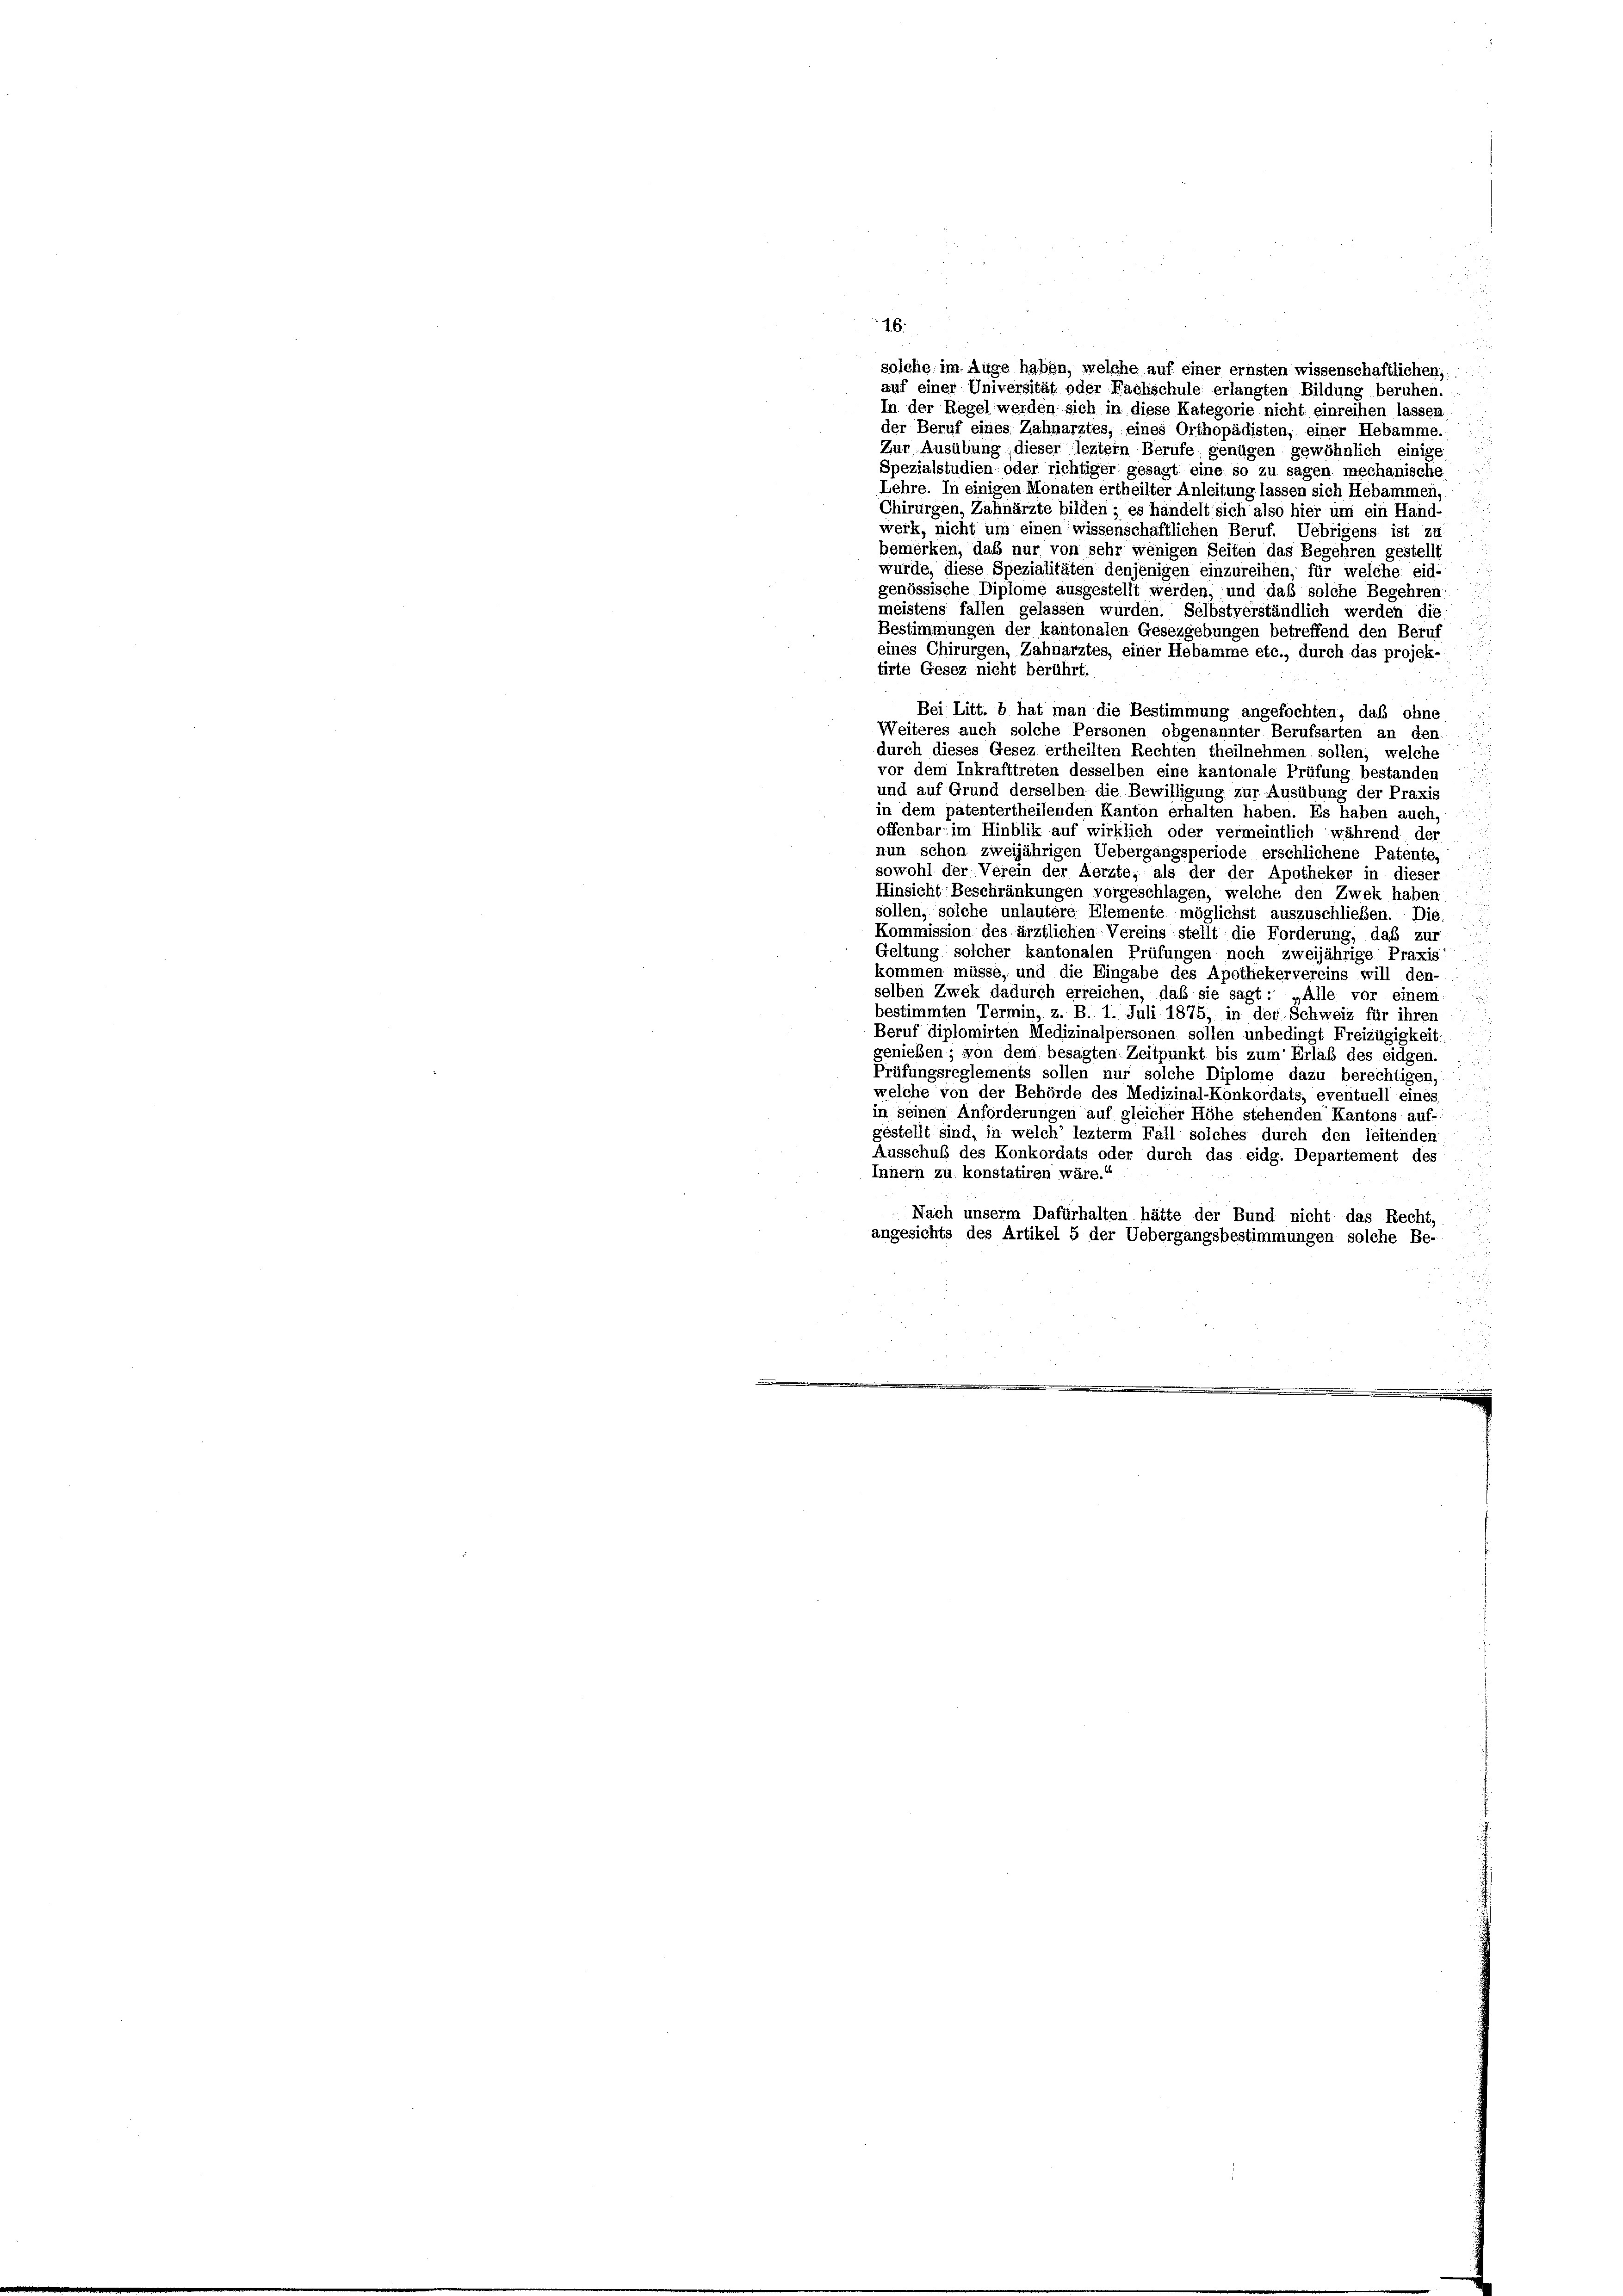
16.
solche im Auge haben, welche auf einer ernsten wissenschaftlichen,
auf einer Universität oder Nachschule erlangten Bildung beruhen.
In der Regel werden sich in diese Kategorie nicht einreihen lassen
der Beruf eines Zahnarztes, eines Orthopädisten, einer Hebamme.
Zur Ausübung dieser leztem Berufe genügen gewöhnlich einige
Spezialstudien- oder richtiger gesagt eine so zu sagen mechanische
Lehre. In einigen Monaten ertheilter Anleitung lassen sich Hebammen,
Chirurgen, Zahnärzte bilden; es handelt sich also hier um ein Hand-
werk, nicht um einen wissenschaftlichen Beruf. Uebrigens ist zu
bemerken, das nur von sehr wenigen Seiten das Begehren gestellt
wurde, diese Spezialitäten denjenigen einzureihen, für welche eid-
genössische Diplome ausgestellt werden, und daß solche Begehren
meistens fallen gelassen wurden. Selbstverständlich werden die
Bestimmungen der kantonalen Gesezgebungen betreffend den Beruf
eines Chirurgen, Zahnarztes, einer Hebamme etc., durch das projek-
tirte Gesez nicht berührt.
Bei Litt. b hat man die Bestimmung angefochten, daß ohne
Weiteres auch solche Personen obgenannter Berufsarten an den
durch dieses Gesez ertheilten Rechten theilnehmen sollen, welche
vor dem Inkrafttreten desselben eine kantonale Prüfung bestanden
und auf Grund derselben die Bewilligung zur Ausübung der Praxis
in dem patentertheilenden Kanton erhalten haben. Es haben auch,
offenbar im Hinblik auf wirklich oder vermeintlich während der
nun schon zweijährigen Uebergangsperiode erschlichene Patente,
sowohl der Verein der Aerzte, als der der Apotheker in dieser-
Hinsicht Beschränkungen vorgeschlagen, welche den Zwek haben
sollen, solche unlautere Elemente möglichst auszuschließen. Die
Kommission des ärztlichen Vereins stellt die Forderung, daß zur
Geltung solcher kantonalen Prüfungen noch zweijährige Praxis!
kommen müsse, und die Eingabe des Apothekervereins will den-
selben Zwek dadurch erreichen, daß sie sagt: „Alle vor einem
bestimmten Termin, z. B. 1. Juli 1875, in der Schweiz für ihren
Beruf diplomirten Medizinalpersonen sollen unbedingt Freizügigkeit:
genießen; von dem besagten Zeitpunkt bis zum Erlaß des eidgen.
Prüfungsreglements sollen nur solche Diplome dazu berechtigen,
welche von der Behörde des Medizinal-Konkordats, eventuell eines. : :
in seinen Anforderungen auf gleicher Höhe stehenden Kantons auf-
gestellt sind, in welch’ lezterm Fall solches durch den leitenden
ud
Ausschub des Konkordats oder durch das eidg. Departement des
Innern zu konstatiren wäre.“
Nach unserm Dafürhalten hätte der Bund nicht das Recht,
angesichts des Artikel 5 der Uebergangsbestimmungen solche Be-